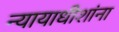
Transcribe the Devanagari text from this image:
न्यायाधीशांना